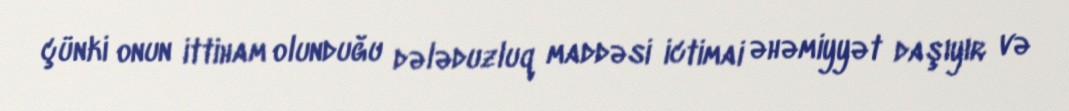
çünki onun ittiham olunduğu dələduzluq maddəsi ictimai əhəmiyyət daşıyır və